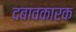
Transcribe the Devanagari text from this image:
दबावकारक